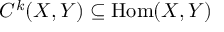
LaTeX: C ^ { k } ( X , Y ) \subseteq { \mathrm { H o m } } ( X , Y )